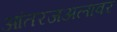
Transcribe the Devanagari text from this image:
आंतरजअलावर